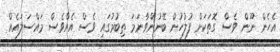
އެހެން ނޫން ވެސް ގޮތަކަށް ފުލުހުން ބޭނުންވާނަމަ ތިބުމުގައި ވެސް އެއްވެސް މައްސަލައެއް